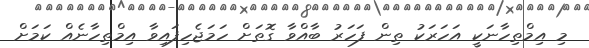
މި އިމްތިހާނަކީ އަހަރަކު ތިން ފަހަރު ބާއްވާ ގޮތަށް ހަމަޖެހިފައިވާ އިމްތިހާނެއް ކަމަށް